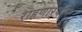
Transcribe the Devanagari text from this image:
राहणार्‍याने